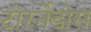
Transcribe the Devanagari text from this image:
टोरर्नेडोस